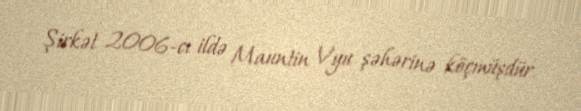
Şirkət 2006-cı ildə Mauntin Vyu şəhərinə köçmüşdür.